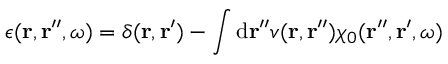
\epsilon ( \mathbf { r } , \mathbf { r } ^ { \prime \prime } , \omega ) = \delta ( \mathbf { r } , \mathbf { r } ^ { \prime } ) - \int \mathrm { d } \mathbf { r } ^ { \prime \prime } v ( \mathbf { r } , \mathbf { r } ^ { \prime \prime } ) \chi _ { 0 } ( \mathbf { r } ^ { \prime \prime } , \mathbf { r } ^ { \prime } , \omega )